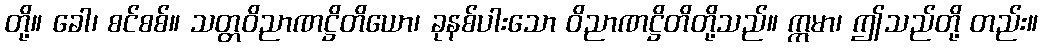
တို့။ ခေါ၊ စင်စစ်။ သတ္တဝိညာဏဋ္ဌိတိယော၊ ခုနစ်ပါးသော ဝိညာဏဋ္ဌိတိတို့သည်။ ဣမာ၊ ဤသည်တို့ တည်း။